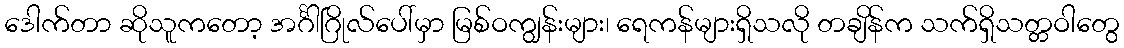
ဒေါက်တာ ဆိုသူကတော့ အင်္ဂါဂြိုလ်ပေါ်မှာ မြစ်ဝကျွန်းများ၊ ရေကန်များရှိသလို တချိန်က သက်ရှိသတ္တဝါတွေ